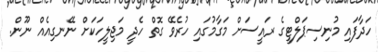
ހަދާފައި މުނިސިޕަލްޓީގެ ރައީސަށް މަގާމުގައި ހުރެވޭ ގޮތް ހެދީ މަޖިލީހަކަށް ނޭނގިއެއް ނޫން.